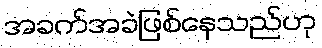
အခက်အခဲဖြစ်နေသည်ဟု